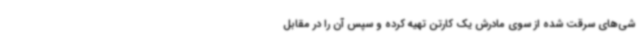
شی‌های سرقت شده از سوی مادرش یک کارتن تهیه کرده و سپس آن را در مقابل